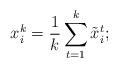
LaTeX: \begin{align*}x_i^k = \frac{1}{k} \sum_{t=1}^{k} \tilde{x}_i^t;\end{align*}